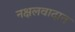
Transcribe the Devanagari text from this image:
नक्षलवादात